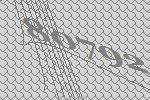
80792